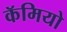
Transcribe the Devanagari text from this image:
कॅमियो